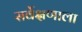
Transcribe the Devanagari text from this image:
सर्वेक्षणाला